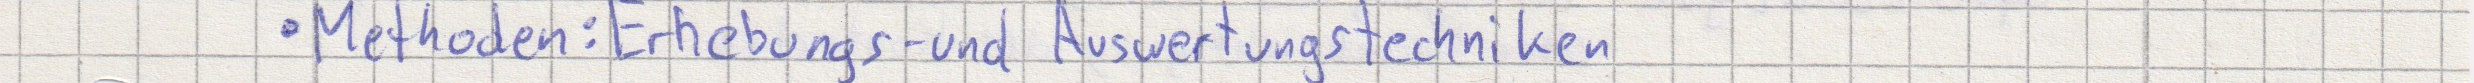
Methoden: Erhebungs- und Auswertungstechniken